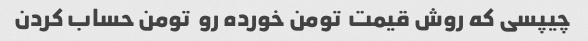
چیپسی که روش قیمت  تومن خورده رو  تومن حساب کردن